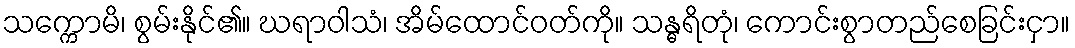
သက္ကောမိ၊ စွမ်းနိုင်၏။ ဃရာဝါသံ၊ အိမ်ထောင်ဝတ်ကို။ သန္ဓရိတုံ၊ ကောင်းစွာတည်စေခြင်းငှာ။